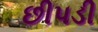
છીપડી